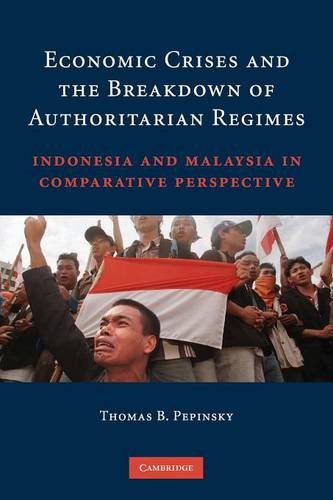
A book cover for Economic Crises and the Breakdown of Authoritarian Regimes: Indonesia and Malaysia in Comparative Perspective; Thomas B. Pepinsky; Business & Money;